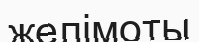
желімоты